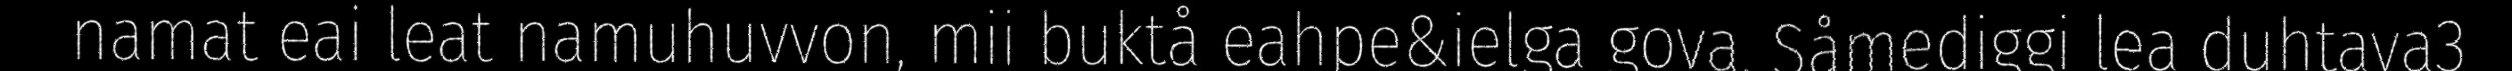
namat eai leat namuhuvvon, mii buktå eahpe&ielga gova. Såmediggi lea duhtava3